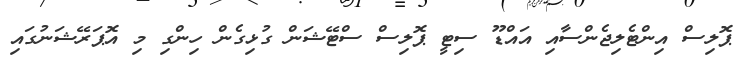
ޕޮލިސް އިންޓެލިޖެންސާއި އައްޑޫ ސިޓީ ޕޮލިސް ސްޓޭޝަން ގުޅިގެން ހިންގި މި އޮޕަރޭޝަނުގައި